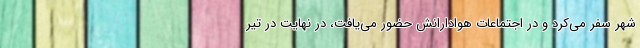
شهر سفر می‌کرد و در اجتماعات هوادارانش حضور می‌یافت، در نهایت در تیر